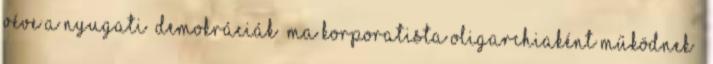
véve a nyugati „demokráciák” ma korporatista oligarchiaként működnek –